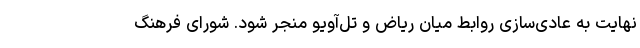
نهایت به عادی‌سازی روابط میان ریاض و تل‌آویو منجر شود. شورای فرهنگ